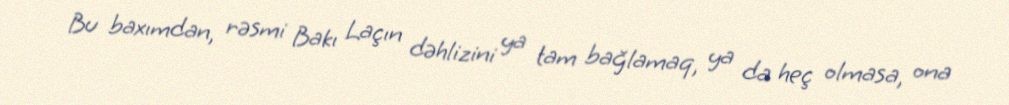
Bu baxımdan, rəsmi Bakı Laçın dəhlizini ya tam bağlamaq, ya da heç olmasa, ona